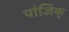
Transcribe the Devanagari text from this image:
पांजिक्